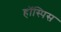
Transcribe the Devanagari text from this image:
हॉस्पिस